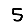
Digit: 5